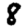
Digit: 8